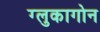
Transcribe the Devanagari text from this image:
ग्लुकागोन